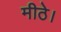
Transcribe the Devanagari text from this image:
मीठे।